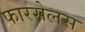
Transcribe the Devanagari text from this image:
फारसेलस